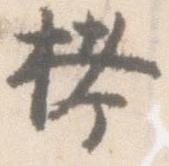
拷